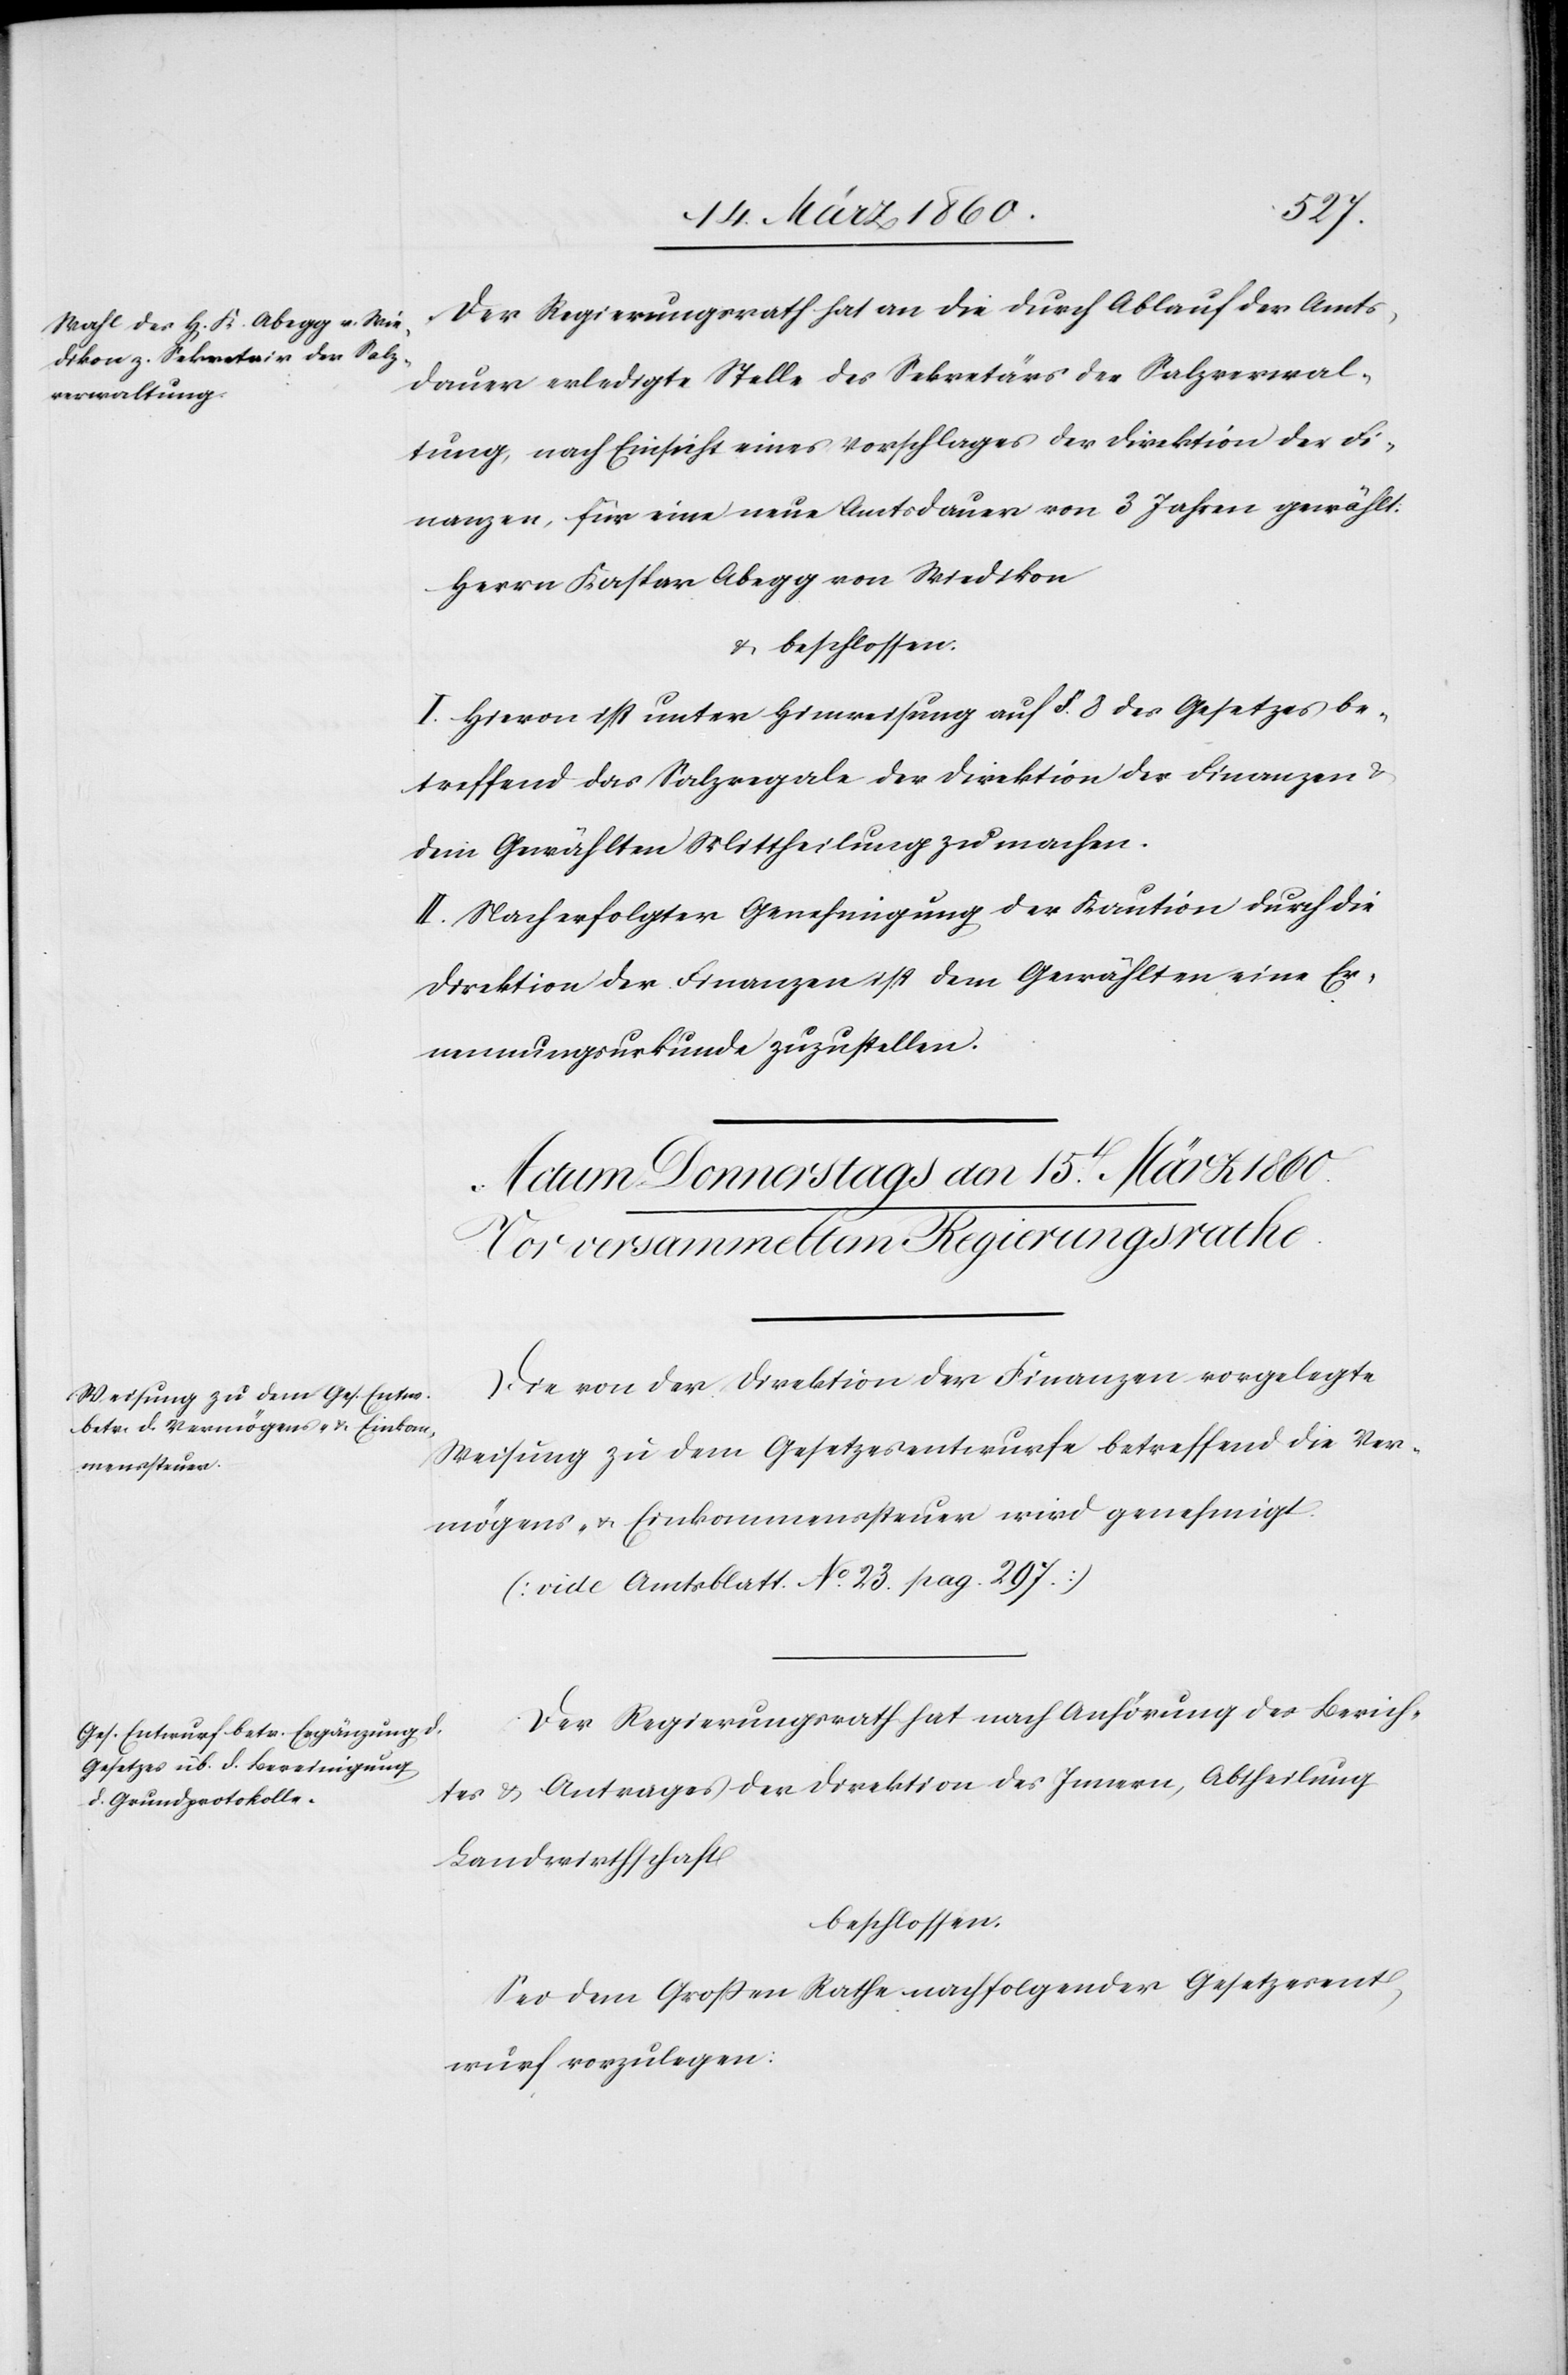
Der Regierungsrath hat an die durch Ablauf der Amts¬
dauer erledigte Stelle des Sekretärs der Salzverwal¬
tung, nach Einsicht eines Vorschlages der Direktion der Fi¬
nanzen, für eine neue Amtsdauer von 3 Jahren gewählt:
Herrn Kaspar Abegg von Wiedikon
u. beschlossen:
I. Hievon ist unter Hinweisung auf §. 8. des Gesetzes be¬
treffend das Salzregale der Direktion der Finanzen u.
dem Gewählten Mittheilung zu machen.
II. Nach erfolgter Genehmigung der Kaution durch die
Direktion der Finanzen ist dem Gewählten eine Er¬
nennungsurkunde zuzustellen.
Die von der Direktion der Finanzen vorgelegte
Weisung zu dem Gesetzesentwurfe betreffend die Ver¬
mögens- u. Einkommenssteuer wird genehmigt.
[vide Amtsblatt No 23. pag. 297]
Der Regierungsrath hat nach Anhörung des Berich¬
tes u. Antrages der Direktion des Innern, Abtheilung
Landwirthschaft
beschlossen:
Sei dem Grossen Rathe nachfolgender Gesetzent¬
wurf vorzulegen: